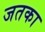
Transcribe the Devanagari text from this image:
जतका